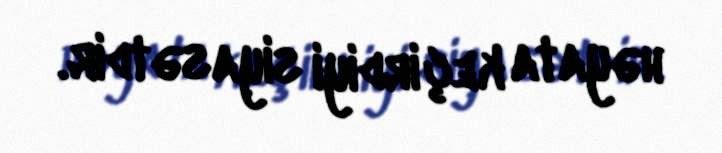
həyata keçirdiyi siyasətdir.